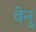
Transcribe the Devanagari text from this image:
वेनु